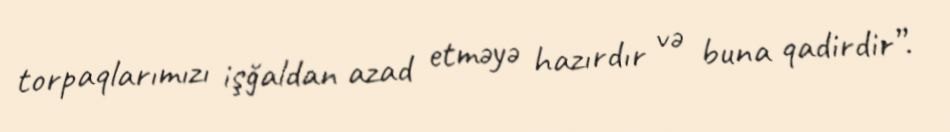
torpaqlarımızı işğaldan azad etməyə hazırdır və buna qadirdir”.